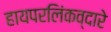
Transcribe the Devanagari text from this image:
हायपरलिंकव्दारे